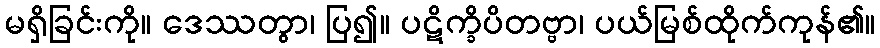
မရှိခြင်းကို။ ဒေဿတွာ၊ ပြ၍။ ပဋိက္ခိပိတဗ္ဗာ၊ ပယ်မြစ်ထိုက်ကုန်၏။